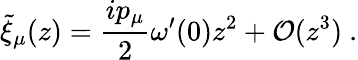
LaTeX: {\widetilde\xi}_{\mu}(z)={\frac{ip_{\mu}}{2}}\omega^{\prime}(0)z^{2}+{\cal O}(z^{3})~.